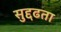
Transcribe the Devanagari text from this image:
सुद्दढता